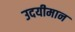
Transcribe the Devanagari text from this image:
उदयीमान